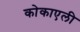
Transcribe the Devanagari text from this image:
कोकाएली